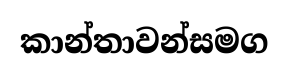
කාන්තාවන්සමග